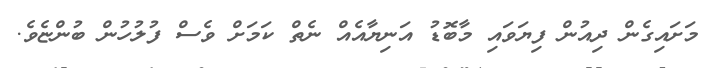
މަށައިގެން ދިއުން ފިޔަވައި މާބޮޑު އަނިޔާއެއް ނެތް ކަމަށް ވެސް ފުލުހުން ބުންޏެވެ.